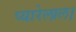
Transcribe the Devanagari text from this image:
प्यारेलाल।